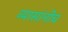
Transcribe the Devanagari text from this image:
व्यासांनीच